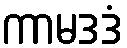
ကာမဒဒံ